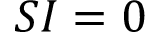
S I = 0